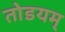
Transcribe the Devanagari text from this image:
तोडयम्